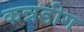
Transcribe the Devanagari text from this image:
कन्नडीग